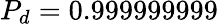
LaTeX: P_{d}=0.999999999